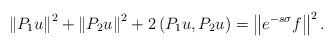
LaTeX: \begin{align*}\left\|P_1 u\right\|^2+\left\|P_2 u\right\|^2+2\left(P_1 u, P_2 u\right)=\left\|e^{-s \sigma} f\right\|^2.\end{align*}